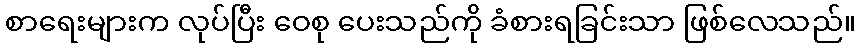
စာရေးများက လုပ်ပြီး ဝေစု ပေးသည်ကို ခံစားရခြင်းသာ ဖြစ်လေသည်။